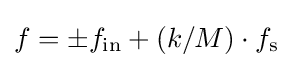
f=\pm f_{\mathrm {in} }+({k}/{M})\cdot f_{\mathrm {s} }